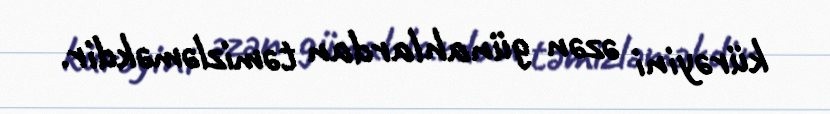
kürəyini əzən günahlardan təmizləməkdir.